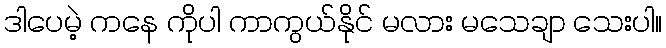
ဒါပေမဲ့ ကနေ ကိုပါ ကာကွယ်နိုင် မလား မသေချာ သေးပါ။